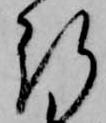
行